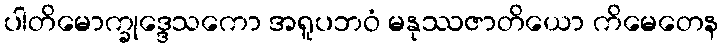
ပါတိမောက္ခုဒ္ဒေသကော အရူပဘဝံ မနုဿဇာတိယော ကိမေတေန